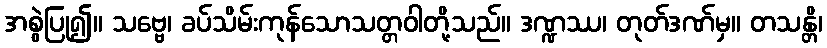
အစွဲပြု၍။ သဗ္ဗေ၊ ခပ်သိမ်းကုန်သောသတ္တဝါတို့သည်။ ဒဏ္ဍဿ၊ တုတ်ဒဏ်မှ။ တသန္တိ၊